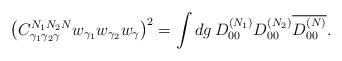
LaTeX: \begin{align*} \left( C^{N_1 N_2 N}_{\gamma_1\gamma_2\gamma} w_{\gamma_1} w_{\gamma_2} w_{\gamma} \right)^2 = \int dg\, D^{(N_1)}_{00} D^{(N_2)}_{00} \overline{D^{(N)}_{00}}.\end{align*}